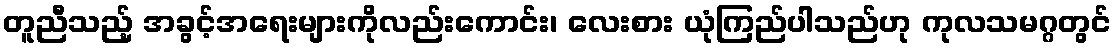
တူညီသည့် အခွင့်အရေးများကိုလည်းကောင်း၊ လေးစား ယုံကြည်ပါသည်ဟု ကုလသမဂ္ဂတွင်